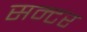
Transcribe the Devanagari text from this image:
सन्टर